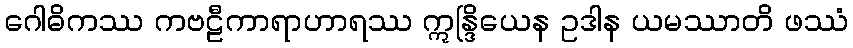
ဂေါဓိကဿ ကဗဠီကာရာဟာရဿ ဣန္ဒြိယေန ဥဒါန ယမဿာတိ ဖဿံ